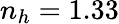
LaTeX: n_{h}=1.33